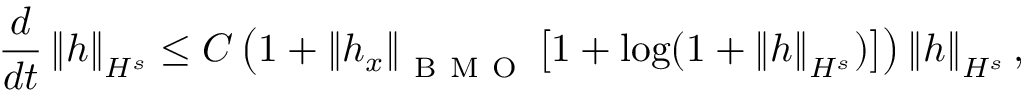
\frac { d } { d t } \left\| h \right\| _ { H ^ { s } } \leq C \left( 1 + \left\| h _ { x } \right\| _ { \mathrm { ~ B ~ M ~ O ~ } } \big [ 1 + \displaystyle \log ( 1 + \left\| h \right\| _ { H ^ { s } } ) \big ] \right) \left\| h \right\| _ { H ^ { s } } ,